Problem: 25 + 10 = ?
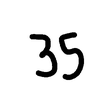
Handwritten answer: 35